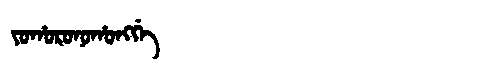
Manchu: ᠶᠣᡥᠣᡵᠣᠨᠣᡥᠣᠩᡤᡝ
Romanization: YOHORONOHONGGE